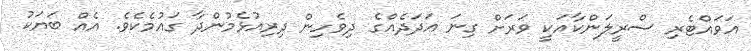
އަވައްޓެރި ސްރީލަންކާއަކީ ވަރަށް ގިނަ އަދަދެއްގެ ދިވެހިން ދިރިއުޅެމުންދާ ގައުމެކެވެ. އެއް ބަޔަކު